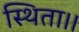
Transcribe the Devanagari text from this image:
स्थिता।।